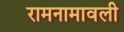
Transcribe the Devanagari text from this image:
रामनामावली